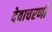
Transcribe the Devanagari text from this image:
देवाचरणी